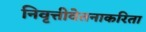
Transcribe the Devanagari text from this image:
निवृत्तीवेतनाकरिता